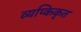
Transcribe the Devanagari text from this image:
व्यप्किकृत